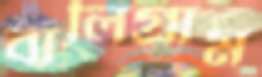
বালিগ্রাম